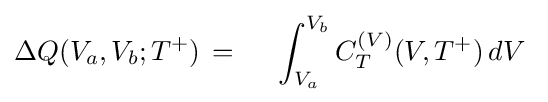
\Delta Q(V_{a},V_{b};T^{+})\,=\,\,\,\,\,\,\,\,\int _{V_{a}}^{V_{b}}C_{T}^{(V)}(V,T^{+})\,dV\